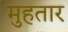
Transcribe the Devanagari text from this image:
मुहतार